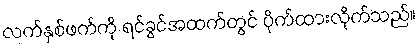
လက်နှစ်ဖက်ကို ရင်ခွင်အထက်တွင် ပိုက်ထားလိုက်သည်။